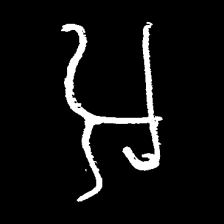
Pyu character \u2014 Myanmar letter: အ (romanized: a)